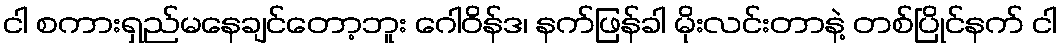
ငါ စကားရှည်မနေချင်တော့ဘူး ဂေါဝိန်ဒ၊ နက်ဖြန်ခါ မိုးလင်းတာနဲ့ တစ်ပြိုင်နက် ငါ